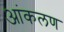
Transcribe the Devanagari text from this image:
आंकलण